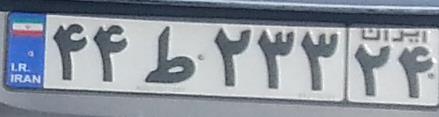
۴۴ط۲۳۳۲۴